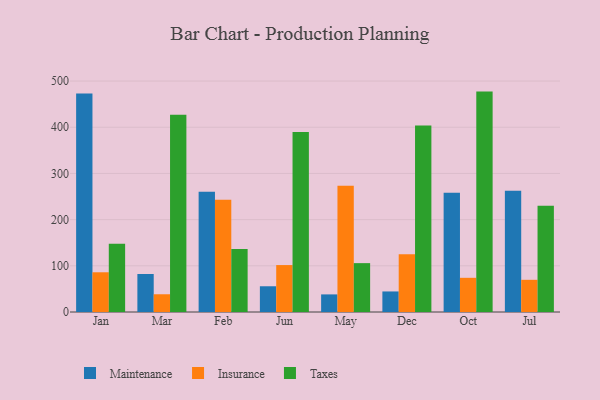
{"axis": {"x": "Month", "y": "Temperature (°C)"}, "legend": ["Insurance", "Maintenance", "Taxes"], "data": [{"x": "Jan", "y": 473.1, "type": "Maintenance"}, {"x": "Jan", "y": 86.0, "type": "Insurance"}, {"x": "Jan", "y": 148.0, "type": "Taxes"}, {"x": "Mar", "y": 82.3, "type": "Maintenance"}, {"x": "Mar", "y": 38.4, "type": "Insurance"}, {"x": "Mar", "y": 427.3, "type": "Taxes"}, {"x": "Feb", "y": 260.3, "type": "Maintenance"}, {"x": "Feb", "y": 242.8, "type": "Insurance"}, {"x": "Feb", "y": 136.5, "type": "Taxes"}, {"x": "Jun", "y": 55.7, "type": "Maintenance"}, {"x": "Jun", "y": 101.6, "type": "Insurance"}, {"x": "Jun", "y": 389.8, "type": "Taxes"}, {"x": "May", "y": 38.1, "type": "Maintenance"}, {"x": "May", "y": 273.3, "type": "Insurance"}, {"x": "May", "y": 105.8, "type": "Taxes"}, {"x": "Dec", "y": 44.5, "type": "Maintenance"}, {"x": "Dec", "y": 125.0, "type": "Insurance"}, {"x": "Dec", "y": 403.7, "type": "Taxes"}, {"x": "Oct", "y": 258.1, "type": "Maintenance"}, {"x": "Oct", "y": 74.0, "type": "Insurance"}, {"x": "Oct", "y": 477.2, "type": "Taxes"}, {"x": "Jul", "y": 262.3, "type": "Maintenance"}, {"x": "Jul", "y": 69.7, "type": "Insurance"}, {"x": "Jul", "y": 230.1, "type": "Taxes"}]}